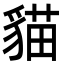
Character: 貓